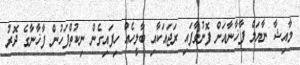
މާއިޝާ ނާޔަލް ފާޚާނާއަށް ފޮނުވާފައި ރަޖައަކާއި ބާލީހެއް ހިފައިގެން ނިކުތްފަހުން ފާޚާނާގެ ދޮރު